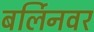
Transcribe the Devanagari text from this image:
बर्लिनवर